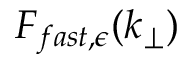
F _ { f a s t , \epsilon } ( k _ { \perp } )